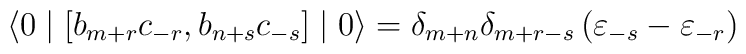
\langle 0 \mid \left[ b_{m+r} c_{-r}, b_{n+s} c_{-s} \right]\mid 0 \rangle = {\delta}_{m+n} {\delta}_{m+r-s} \left({\varepsilon}_{-s} - {\varepsilon}_{-r} \right)